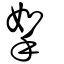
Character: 挐